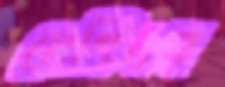
মেশিনস